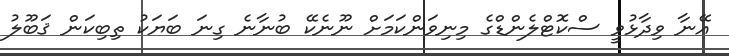
އޭނާ ވިދާޅުވީ ސްކޮޓްލެންޑްގެ މިނިވަންކަމަށް ނޫނެކޭ ބުނާނެ ގިނަ ބަޔަކު ތިބިކަން ޤަބޫލު